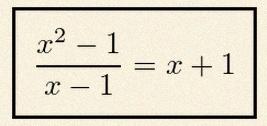
\frac{x^2-1}{x-1}=x+1